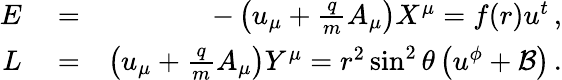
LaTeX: \begin{array}{rlr}{E}&{{}=}&{-\left(u_{\mu}+\frac{q}{m}A_{\mu}\right)X^{\mu}=f(r)u^{t}\, ,}\\ {L}&{{}=}&{\left(u_{\mu}+\frac{q}{m}A_{\mu}\right)Y^{\mu}=r^{2}\sin^{2}\theta\left(u^{\phi}+\mathcal{B}\right)\, .}\end{array}